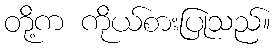
တို့က ကိုယ်စားပြုသည်။